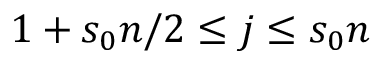
1 + s _ { 0 } n / 2 \le j \le s _ { 0 } n